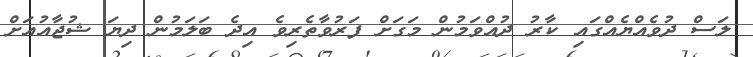
ލަސް ދުވެއްޔެއްގައި ކާރު ދުއްވަމުން މަގަށް ފަރުވާތެރިވެ އިދެ ބަލަމުން ދިޔަ ޝުޖާއުއަށް